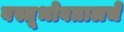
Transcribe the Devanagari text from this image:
वस्तूभोवतालचे